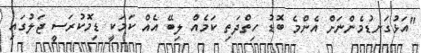
"އަޅުގަނޑުމެންނަށް އެންމެ ބޮޑު ހިތްދަތި ކަމެއް ލިބޭ އެއް ކަމަކީ ޑިމޮކުރަސީ ޖަލުގައި